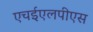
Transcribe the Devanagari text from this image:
एचईएलपीएस